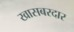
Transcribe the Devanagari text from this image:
खासबरदार